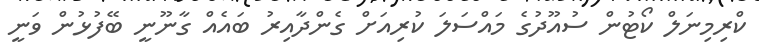
ކްރިމިނަލް ކޯޓުން ސުއޫދުގެ މައްސަލަ ކުރިއަށް ގެންދާއިރު ބައެއް ގާނޫނީ ބޭފުޅުން ވަނީ